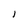
Character: l